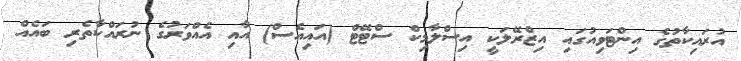
އުރައިކާތުގެ އިންޓަވިއުގައި އިޒްރޭލަކީ އިސްލާމިކް ސްޓޭޓް (އައިއެސް) އާއި އެއްވަރުގެ ނުރައްކާތެރި ބައެއް